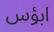
ابؤس